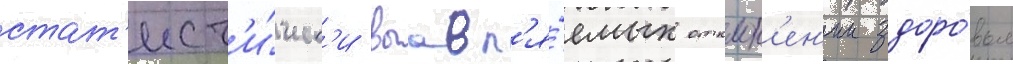
стат'ист'и́ческ'и выавл'я́емых отклон'ен'ии здоро́вья